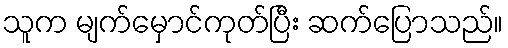
သူက မျက်မှောင်ကုတ်ပြီး ဆက်ပြောသည်။